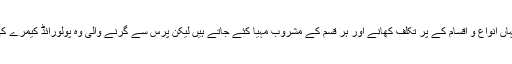
دونوں ماں بیٹیاں میزبان کے گھر پہنچ جاتی ہیں جہاں انواع و اقسام کے پر تکلف کھانے اور ہر قسم کے مشروب مہیا کئے جاتے ہیں لیکن پرس سے گرنے والی وہ پولورائڈ کیمرے کی پرانی تصویر پری کے دماغ میں اٹکی رہتی ہے۔